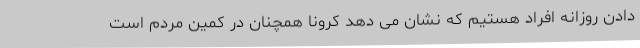
دادن روزانه افراد هستیم که نشان می دهد کرونا همچنان در کمین مردم است